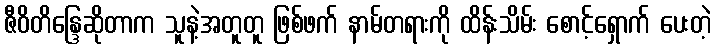
ဇီဝိတိန္ဒြေဆိုတာက သူနဲ့အတူတူ ဖြစ်ဖက် နာမ်တရားကို ထိန်းသိမ်း စောင့်ရှောက် ပေးတဲ့